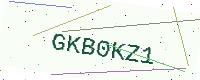
Text: GKB0KZ1